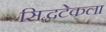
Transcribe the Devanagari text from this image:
सिद्धटेकला